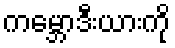
ကမ္ဘောဒီးယားကို